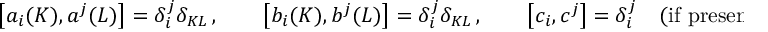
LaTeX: \left[ a _ { i } ( K ) , a ^ { j } ( L ) \right] = \delta _ { i } ^ { j } \delta _ { K L } \, , \qquad \left[ b _ { i } ( K ) , b ^ { j } ( L ) \right] = \delta _ { i } ^ { j } \delta _ { K L } \, , \qquad \left[ c _ { i } , c ^ { j } \right] = \delta _ { i } ^ { j } \quad \mathrm { ( i f ~ p r e s e n t ) } \, ,